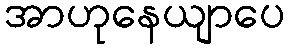
အာဟုနေယျာပေ